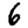
Digit: 6